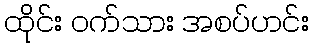
ထိုင်း ဝက်သား အစပ်ဟင်း